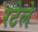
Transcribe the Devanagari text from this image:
रटेले